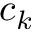
c _ { k }